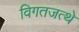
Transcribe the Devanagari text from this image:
विगतजत्थे